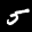
Label: 5